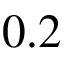
0 . 2